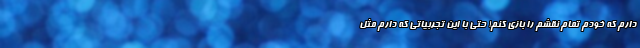
دارم که خودم تمام نقشم را بازی کنم! حتی با این تجربیاتی که دارم مثل